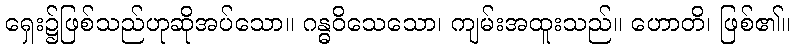
ရှေး၌ဖြစ်သည်ဟုဆိုအပ်သော။ ဂန္ဓဝိသေသော၊ ကျမ်းအထူးသည်။ ဟောတိ၊ ဖြစ်၏။